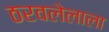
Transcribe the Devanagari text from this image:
ठरवलेलाला